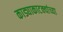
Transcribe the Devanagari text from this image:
काड्याकाटक्यांच्या